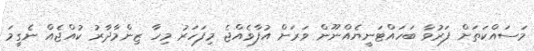
މަސައްކަތަށް ފަރުވާ ބަހައްޓަނީޔެއްނޫން ވަރަށް އުފާވެއްޖެ މިފަހަރު މިހާ ޒިންމާދާރު ކުއްޖެއް ނެގީމަ